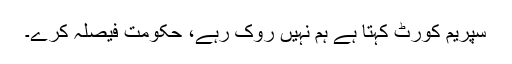
سپریم کورٹ کہتا ہے ہم نہیں روک رہے، حکومت فیصلہ کرے۔